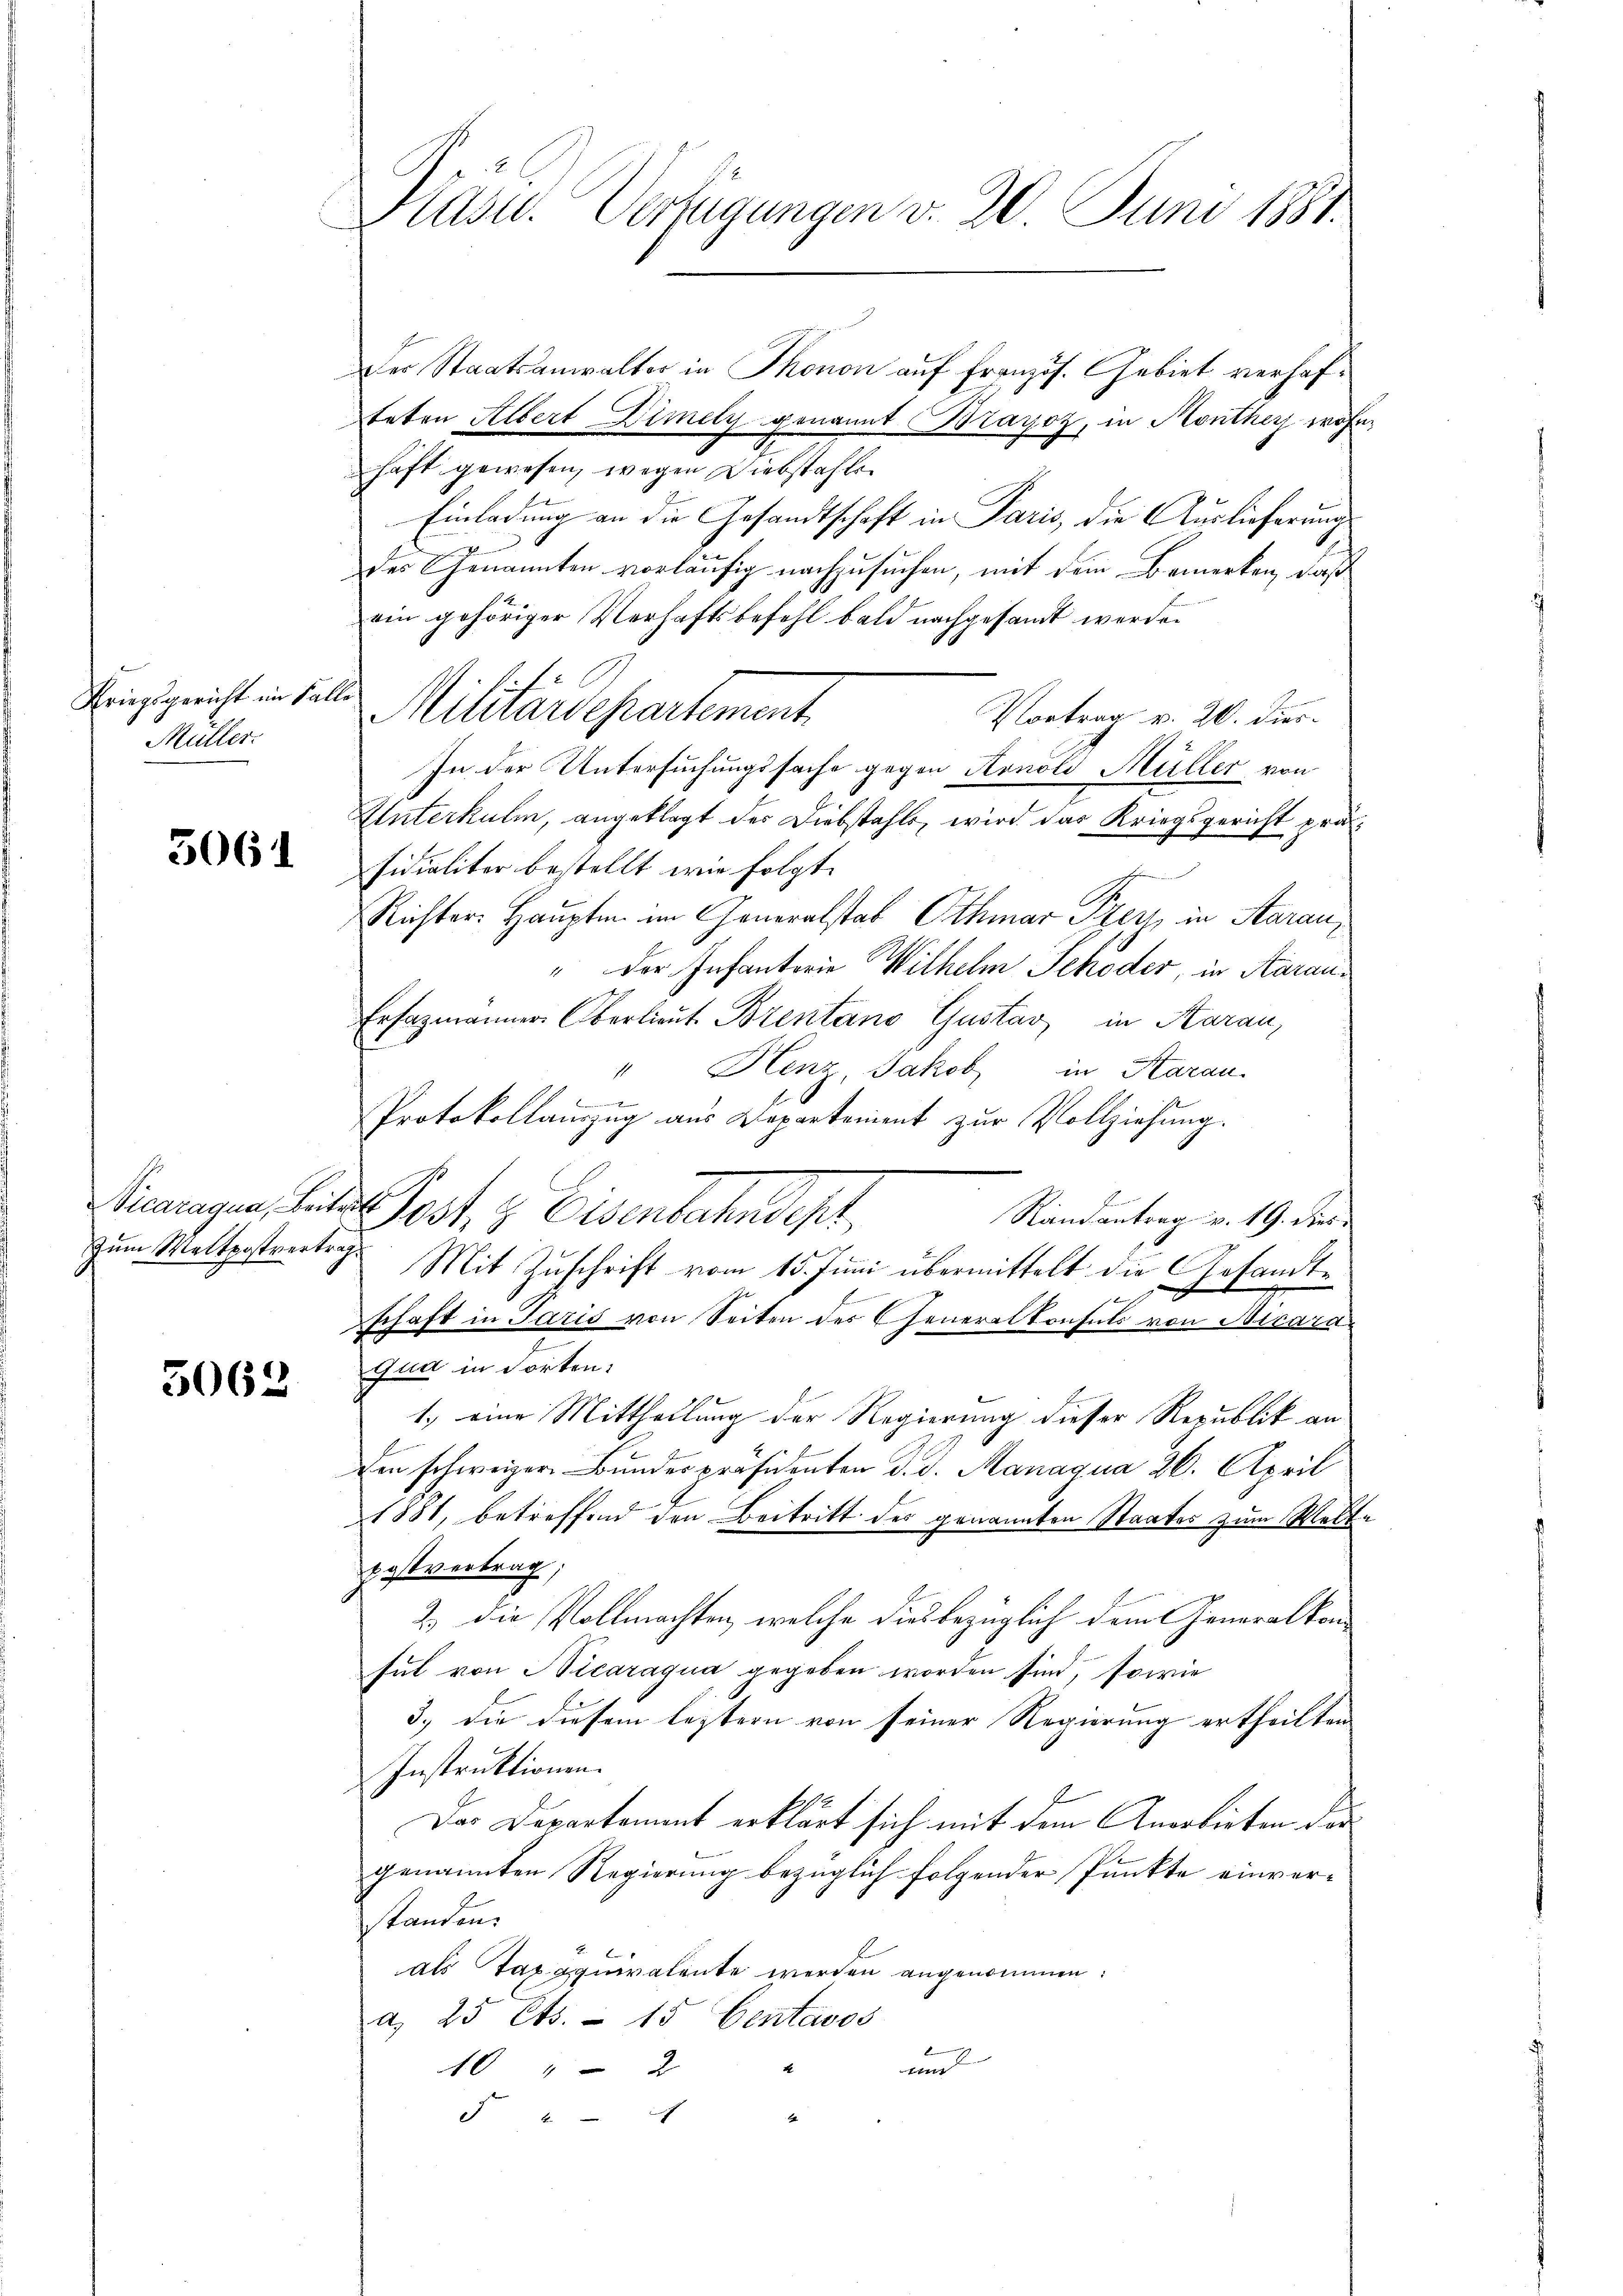
Kriegsgericht im Falle
Müller

3061

3062

Pasu. Verfügungen d. 20. Juni 1881.

Der Staatsanwalter in Thonon auf französ. Gebiet verhafteten Albert Dimely genannt Brayoz, in Monther wohn
haft gewesen, wegen Diebstahls
Einladung an die Gesandtschaft in Paris, die Auslieferung
des Genannten vorläufig nachzusuchen, mit dem Bemerken, daß
ein gehöriger Verhaftsbefehl bald nachgesandt werde.
f
Miturardepartement
Vortrag v. 20. dies
In der Untersuchungssache gegen Konoli Müller von
Unterkulm, angeklagt der Diebstahls, wird das Kriegsgericht präsidialiter bestellt wie folgt.
Richter Haupte im Generalstab Othmar Frey, in Aarau¬
" der Infantorie Wilhelm Schöder, in Aarau¬
Erfazmanner Oberlieut. Brentano Gustav in Aarau,
Henz, Jakob in Aarau.
s
x
Protokollauszug aus Departement zur Vollziehung.
Vicaragen Seite Post & Eisenbahndet,
Randantrag v. 19. dies
zum Maltpostvertrag Mit Zuschrift vom 15. Juni übermittelt die Gesandte
schaft in Paris von Seiten des Generalkonsuls von Micara
qua in dorten.
1.) eine Mittheilung der Regierung dieser Republik an
den schweizer Bundespräsidenten d. d. Managua 26. April
1881, betreffend den Beitritt des genannten Staates zum Walte
Postvertrag;
2.) Die Vollmachten, welche diesbezüglich dem Generalkonhut von Nicaraqua gegeben worden sind, sowie
3.) die diesem leztern von seiner Regierung ertheilten
Instruktionen.
Das Departement erklärt sich mit dem Anerbieten der
genannten Regierung bezüglich folgender Punkte einverstanden.
als Taxaquivalente werden angenommen:
a. 25 Cts. - 15 Centavos
u
40 " 2
5 2